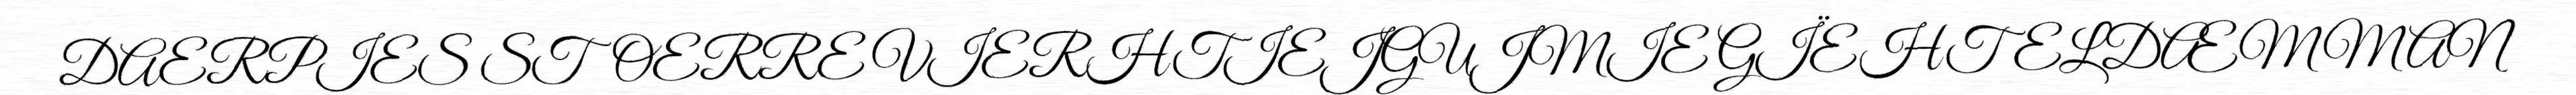
DAERPIES STOERRE VIERHTIEJGUJMIE GÏEHTELDÆMMAN